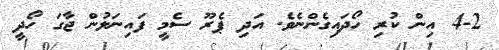
4-2 އިން ކުރި ހޯދައިގެންނެވެ. އަދި ޕެރޫ ސެމީ ފައިނަލުން ޖާގަ ހޯދީ